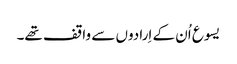
‏ یسوع اُن کے اِرادوں سے واقف تھے۔